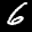
Label: 6